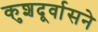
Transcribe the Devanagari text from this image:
कुशदूर्वासने